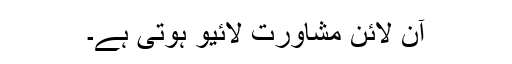
آن لائن مشاورت لائیو ہوتی ہے۔